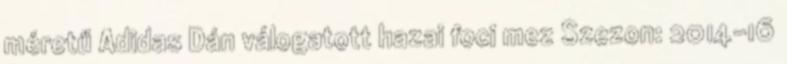
méretű Adidas Dán válogatott hazai foci mez Szezon: 2014-16